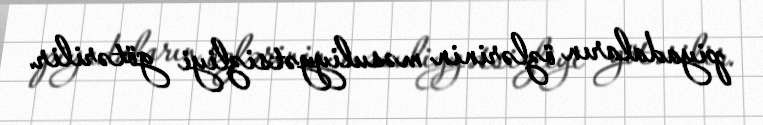
piyadaların özlərinin məsuliyyətsizliyi götərilir.